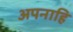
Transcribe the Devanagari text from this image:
अपनाहि